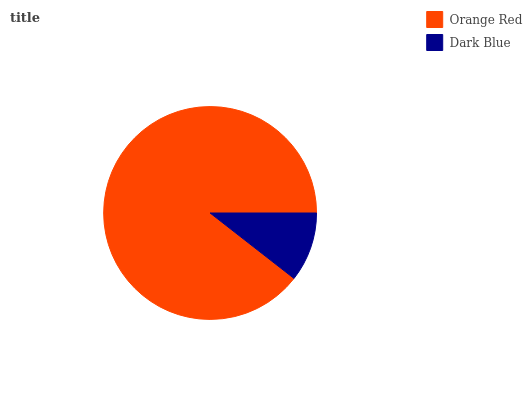
| Orange Red | Dark Blue |
 | --- | --- |
 | 89.5% | 10.5% |